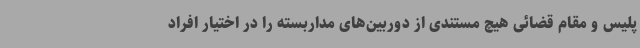
پلیس و مقام قضائی هیچ مستندی از دوربین‌های مداربسته را در اختیار افراد